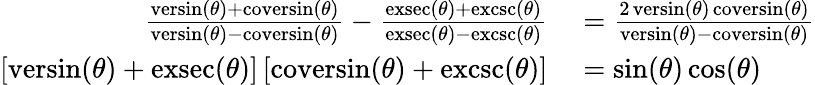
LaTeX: \begin{array}{rl}{{\frac{\operatorname{versin}(\theta)+\operatorname{coversin}(\theta)}{\operatorname{versin}(\theta)-\operatorname{coversin}(\theta)}}-{\frac{\operatorname{exsec}(\theta)+\operatorname{excsc}(\theta)}{\operatorname{exsec}(\theta)-\operatorname{excsc}(\theta)}}}&{{}={\frac{2\operatorname{versin}(\theta)\operatorname{coversin}(\theta)}{\operatorname{versin}(\theta)-\operatorname{coversin}(\theta)}}}\\ {[\operatorname{versin}(\theta)+\operatorname{exsec}(\theta)]\, [\operatorname{coversin}(\theta)+\operatorname{excsc}(\theta)]}&{{}=\sin(\theta)\cos(\theta)}\end{array}